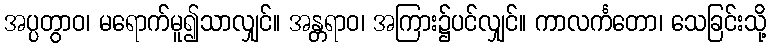
အပ္ပတွာဝ၊ မရောက်မူ၍သာလျှင်။ အန္တရာဝ၊ အကြား၌ပင်လျှင်။ ကာလင်္ကတော၊ သေခြင်းသို့